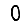
Digit: 0